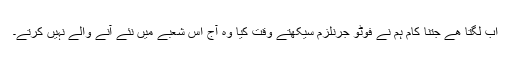
اب لگتا ھے جتنا کام ہم نے فوٹو جرنلزم سیکھتے وقت کیا وہ آج اس شعبے میں نئے آنے والے نہیں کرتے۔